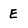
Character: E